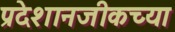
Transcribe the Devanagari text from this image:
प्रदेशानजीकच्या